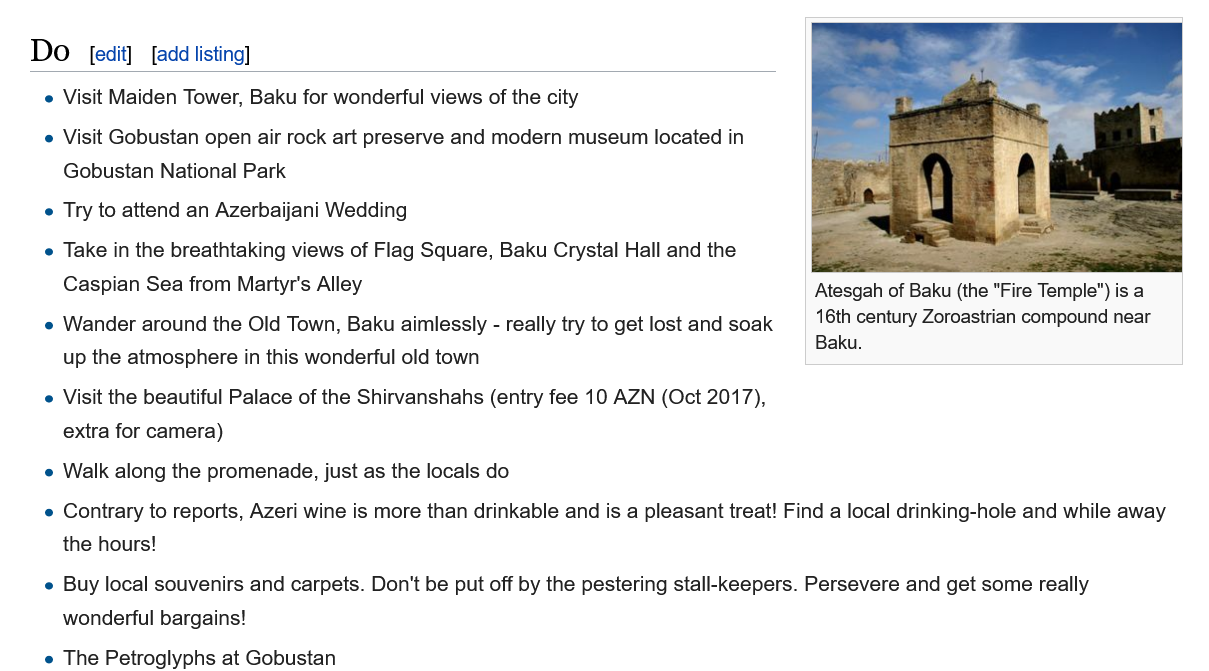
Do    [add listinc
     Atesgah of Baku (the "Fire Temple") is a
     16th century Zoroastrian compound near
     Baku.
     e Visit Maiden Tower, Baku for wonderful views of the city
     e Visit Gobustan open air rock art preserve and modern museum located in
     Gobustan National Park
     Try to attend an Azerbaijani Wedding
     e Take in the breathtaking views of Flag Square, Baku Crystal Hall and the
     Caspian Sea from Martyr's Alley
     e Wander around the Old Town, Baku aimlessly - really try to get lost and soak
     up the atmosphere in this wonderful old town
     e Visit the beautiful Palace of the Shirvanshahs (entry fee 10 AZN (Oct 2017),
     extra for camera)
     e Walk along the promenade, just as the locals do
     e Contrary to reports, Azeri wine is more than drinkable and is a pleasant treat! Find a local drinking-hole and while away
     the hours!
     e Buy local souvenirs and carpets. Don't be put off by the pestering stall-keepers. Persevere and get some really
     wonderful bargains!
     e The Petroalyohs at Gobustan